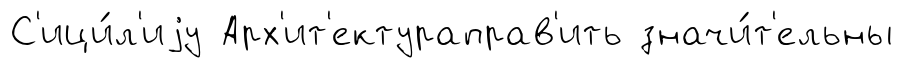
С'ици́л'иjу Арх'ит'ектураправ'ить значи́т'ельны